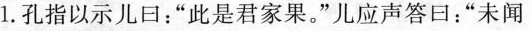
1.孔指以示儿口：”此是君家果。”儿应声答日：”未闻